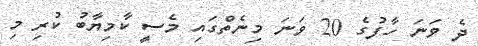
ދެ ވަނަ ހާފުގެ 20 ވަނަ މިނެތްގައި މެސީ ކާމިޔާބު ކުރި މި